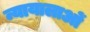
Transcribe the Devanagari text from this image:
न्यायालाओं